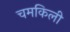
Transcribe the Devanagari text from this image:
चमकिली